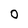
Character: O